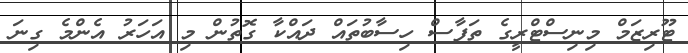
ޓޫރިޒަމް މިނިސްޓްރީގެ ތަފާސް ހިސާބުތައް ދައްކާ ގޮތުން މި އަހަރު އެންމެ ގިނަ